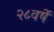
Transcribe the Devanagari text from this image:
२८वर्षे